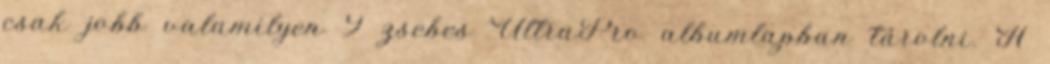
csak jobb valamilyen 9 zsebes UltraPro albumlapban tárolni. A